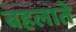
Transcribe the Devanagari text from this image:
बहलाते